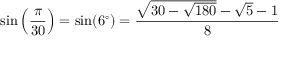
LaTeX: \sin \left( { \frac { \pi } { 3 0 } } \right) = \sin ( 6 ^ { \circ } ) = { \frac { { \sqrt { 3 0 - { \sqrt { 1 8 0 } } } } - { \sqrt { 5 } } - 1 } { 8 } }